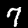
Digit: 7